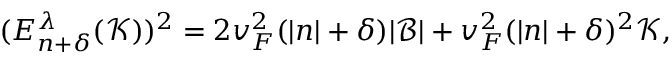
( E _ { n + \delta } ^ { \lambda } ( \mathcal { K } ) ) ^ { 2 } = 2 v _ { F } ^ { 2 } ( | n | + \delta ) | \mathcal { B } | + v _ { F } ^ { 2 } ( | n | + \delta ) ^ { 2 } \mathcal { K } ,